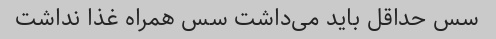
سس حداقل باید می‌داشت سس همراه غذا نداشت